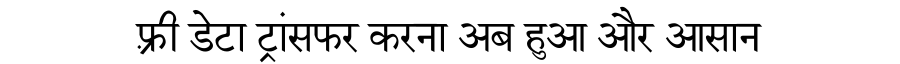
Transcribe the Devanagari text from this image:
फ़्री डेटा ट्रांसफर करना अब हुआ और आसान